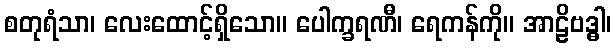
စတုရံသာ၊ လေးထောင့်ရှိသော။ ပေါက္ခရဏီ၊ ရေကန်ကို။ အာဠိဗဒ္ဓါ၊